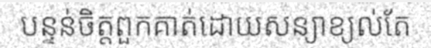
បន្ទន់ចិត្តពួកគាត់ដោយសន្យាខ្យល់តែ